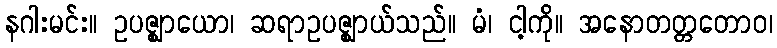
နဂါးမင်း။ ဥပဇ္ဈာယော၊ ဆရာဥပဇ္ဈာယ်သည်။ မံ၊ ငါ့ကို။ အနောတတ္တတောဝ၊